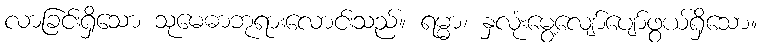
လာခြင်းရှိသော သုမေဓာဘုရားလောင်းသည်။ ရမ္မာ၊ နှလုံးမွေ့လျော်ပျော်ဖွယ်ရှိသော။